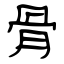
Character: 骨